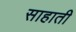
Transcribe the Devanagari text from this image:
साहाती